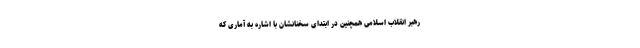
رهبر انقلاب اسلامی همچنین در ابتدای سخنانشان با اشاره به آماری که